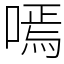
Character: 嘕